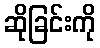
ဆိုခြင်းကို